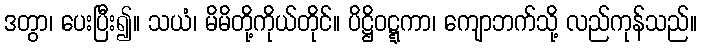
ဒတွာ၊ ပေးပြီး၍။ သယံ၊ မိမိတို့ကိုယ်တိုင်။ ပိဋ္ဌိဝဋ္ဋကာ၊ ကျောဘက်သို့ လည်ကုန်သည်။